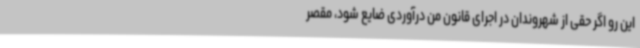
این رو اگر حقی از شهروندان در اجرای قانون من درآوردی ضایع شود، مقصر